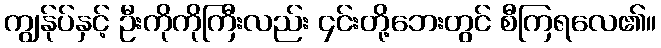
ကျွန်ုပ်နှင့် ဦးကိုကိုကြီးလည်း ၄င်းတို့ဘေးတွင် စီကြရလေ၏။